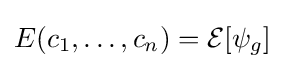
E(c_{1},\ldots ,c_{n})={\mathcal {E}}[\psi _{g}]